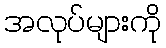
အလုပ်များကို